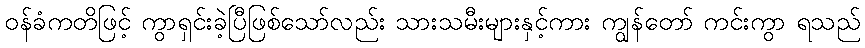
ဝန်ခံကတိဖြင့် ကွာရှင်းခဲ့ပြီဖြစ်သော်လည်း သားသမီးများနှင့်ကား ကျွန်တော် ကင်းကွာ ရသည်